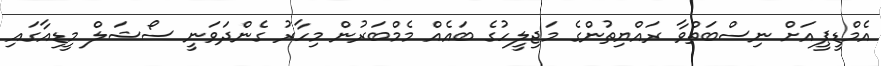
އެމްޑީޕީއަށް ނިސްބަތްވާ ރައްޔިތުންގެ މަޖިލީހުގެ ބައެއް މެމްބަރުން މިހާރު ގެންދަވަނީ ސޯޝަލް މީޑިއާގައި